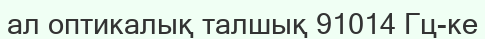
ал оптикалық талшық 91014 Гц-ке